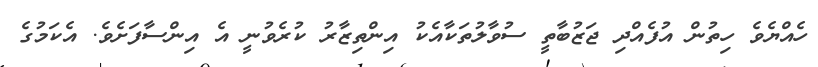
ހެއްޔެވެ ހިތުން އުފެއްދި ޖަޒުބާތީ ސުވާލުތަކާއެކު އިންތިޒާރު ކުރެވުނީ އެ އިންސާފަށެވެ. އެކަމުގެ